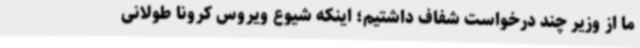
ما از وزیر چند درخواست شفاف داشتیم؛ اینکه شیوع ویروس کرونا طولانی